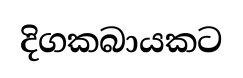
දිගකබායකට